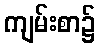
ကျမ်းစာ၌